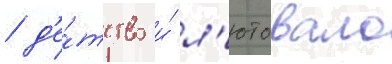
/ д'е́тство и́ л'ютовало